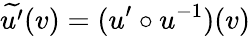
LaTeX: \widetilde{u^{\prime}}(v)=(u^{\prime}\circ u^{-1})(v)